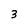
Character: 3